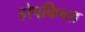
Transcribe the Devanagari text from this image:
होपकिन्स